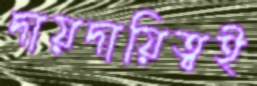
দায়দায়িত্বই